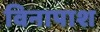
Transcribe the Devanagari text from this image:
विनापाश